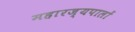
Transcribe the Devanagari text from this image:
महारज्यपालों